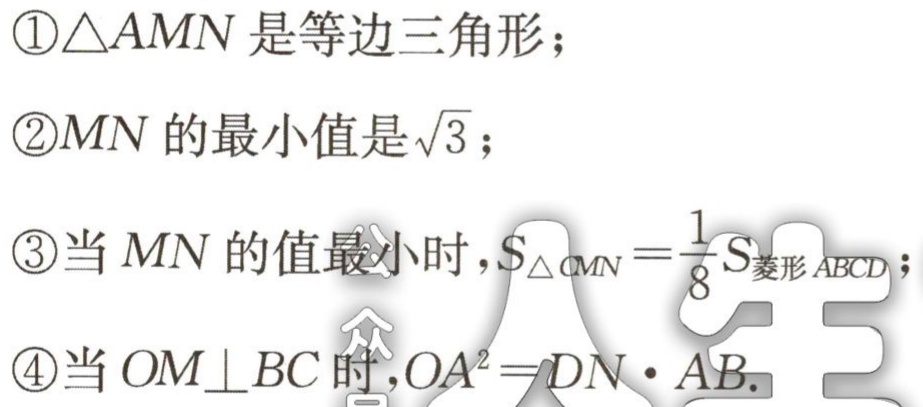
\textcircled{1}$\triangle AMN$是等边三角形；

\textcircled{2}$MN$的最小值是$\sqrt{3}$；

\textcircled{3}当$MN$的值最小时，$S_{\triangle  CMN}=\frac{1}{8}S_{菱形ABCD}$；

\textcircled{4}当$OM\perp BC$时，$OA^{2}=DN\cdot AB$.